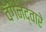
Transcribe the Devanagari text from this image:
वॅगनद्वारे